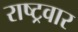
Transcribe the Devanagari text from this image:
राष्ट्रवार